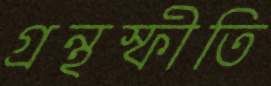
গ্রন্থস্ফীতি